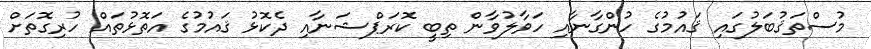
މުސްތަޤުބަލުގައި ޤައުމުގެ ހުންގާނާއި ހަވާލުވާން ތިބީ ކޮރަޕްޝަނާއި ދެކޮޅު ޤައުމުގެ އަތޮޅުތައް ހުރިގޮތަށް